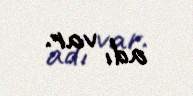
adı var.